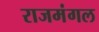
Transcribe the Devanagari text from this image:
राजमंगल